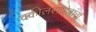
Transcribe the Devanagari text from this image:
वकीलसाहेबांचा